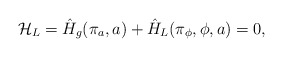
\begin{align*}{\cal H}_L = \hat{H}_g (\pi_a, a) + \hat{H}_L (\pi_{\phi}, \phi,a) = 0,\end{align*}